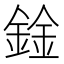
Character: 鍂